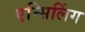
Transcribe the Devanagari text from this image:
एन्सिलिंग